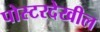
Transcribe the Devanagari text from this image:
पोस्टरदेखील